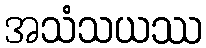
အသံသယဿ